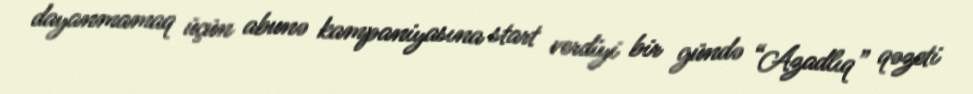
dayanmamaq üçün abunə kampaniyasına start verdiyi bir gündə “Azadlıq” qəzeti